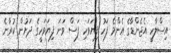
އިސްލާހީ އެޖެންޑާގެ އެންމެ ފަހު ފިޔަވަހި ފަސް ވަނަ ފިޔަވަހީގެ ދަށުން ކުރާނެ